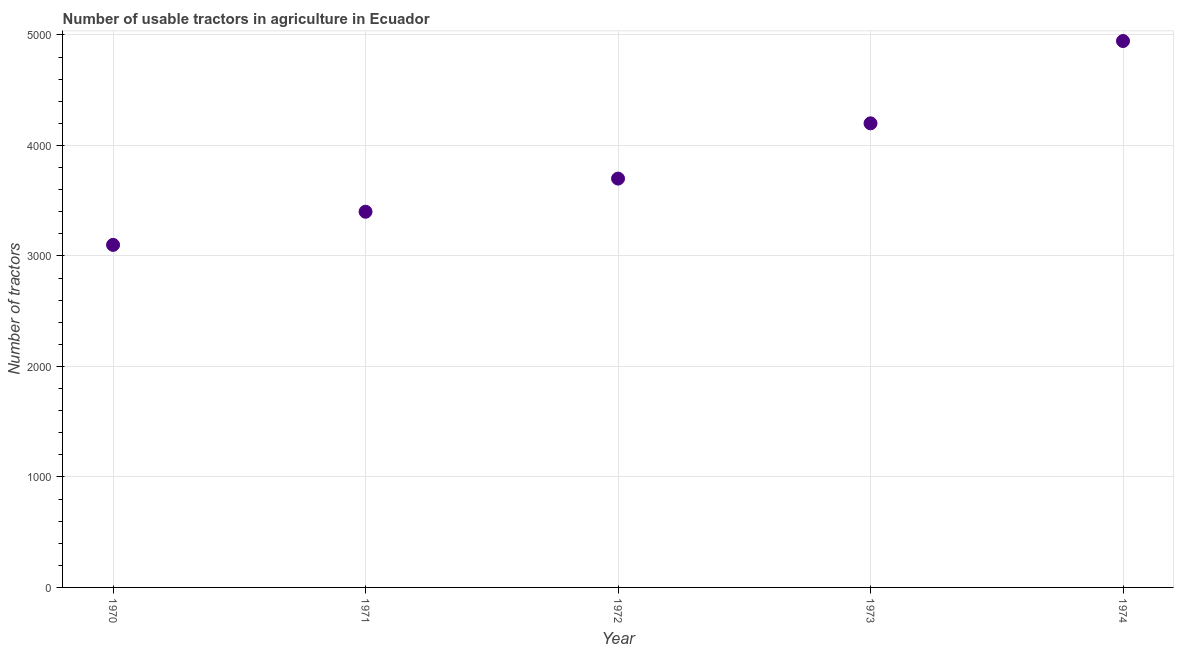
| Year | Agricultural machinery |
 | --- | --- |
 | 1970 | 3.1e+03 |
 | 1971 | 3.4e+03 |
 | 1972 | 3.7e+03 |
 | 1973 | 4.2e+03 |
 | 1974 | 4.94e+03 |